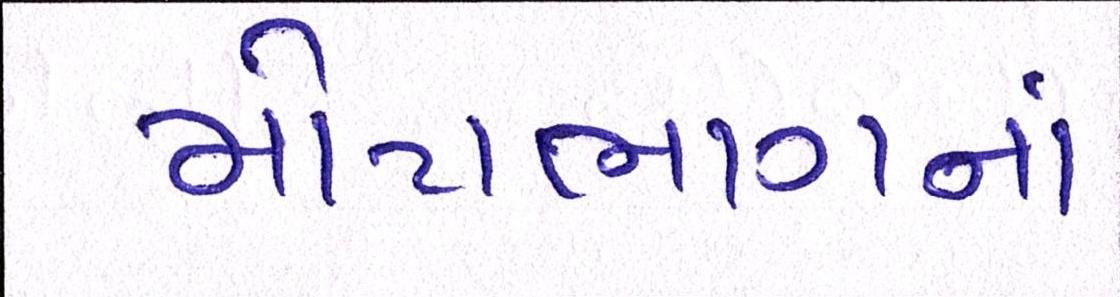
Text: મોટાભાગનાં